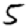
Digit: 5